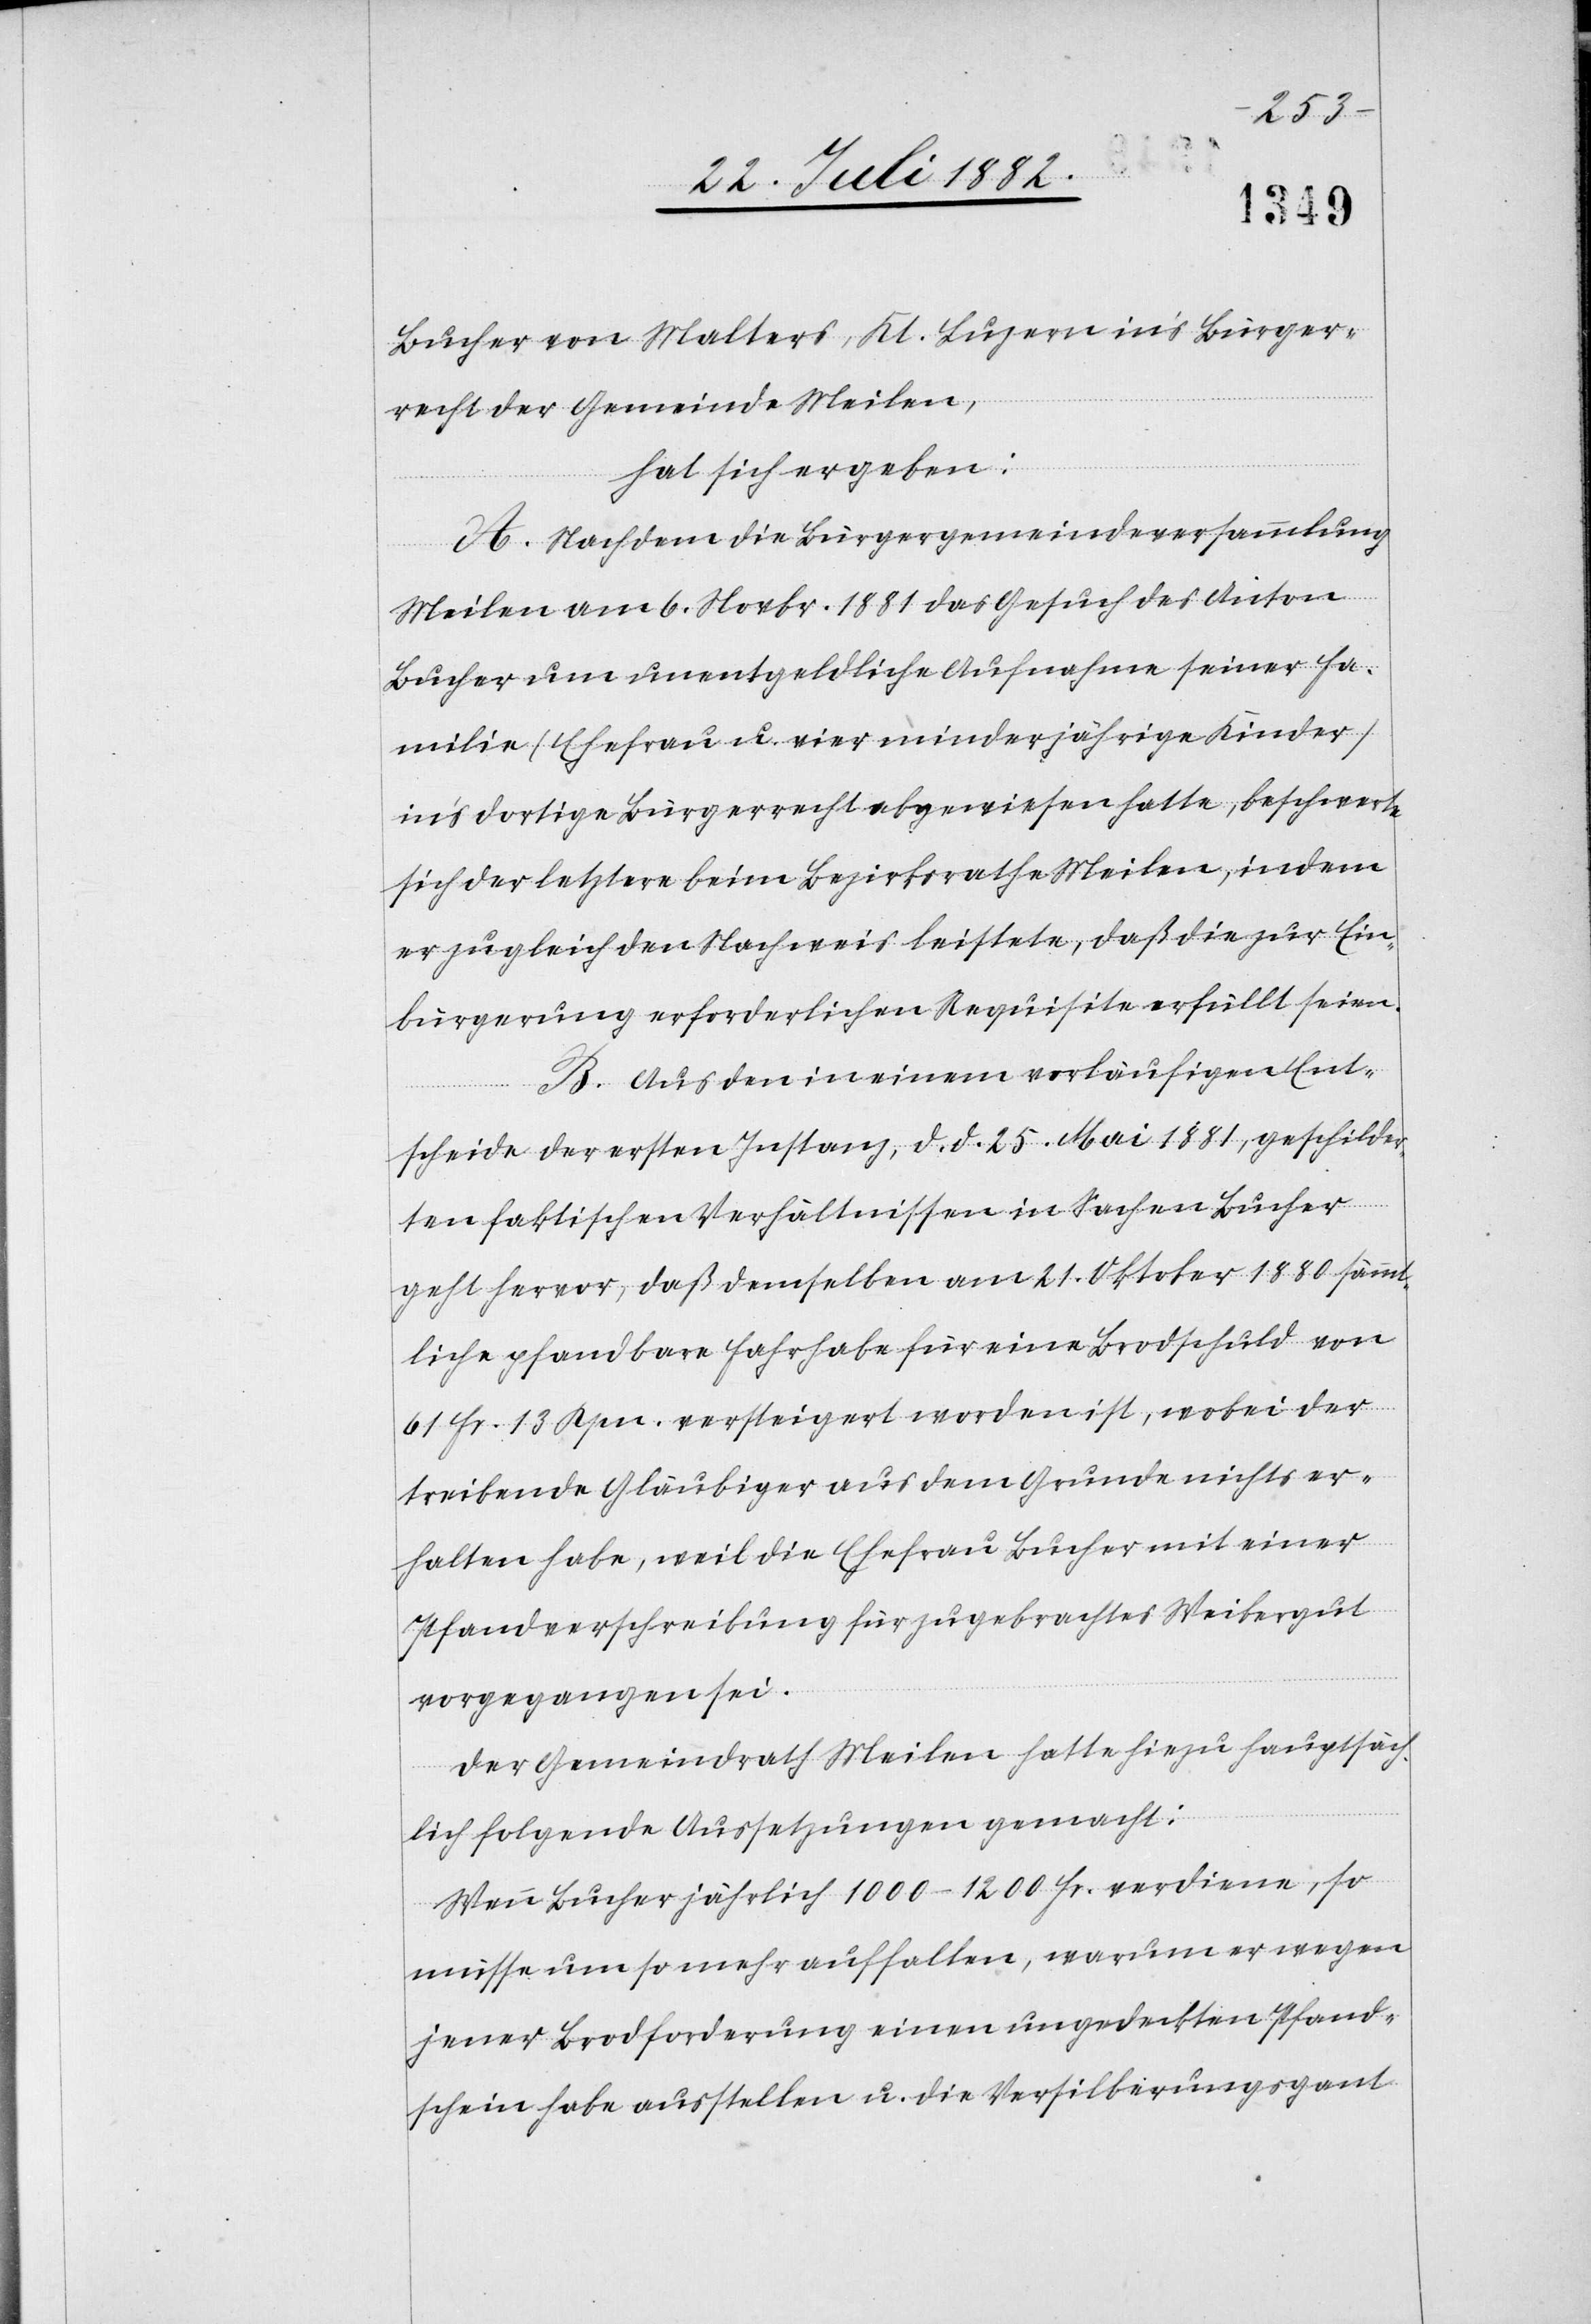
Bucher von Malters, Kt. Luzern in’s Bürger¬
recht der Gemeinde Meilen,
hat sich ergeben:
A. Nachdem die Bürgergemeindeversammlung
Meilen am 6. Novbr. 1881 das Gesuch des Anton
Bucher um unentgeldliche Aufnahme seiner Fa¬
milie (Ehefrau u. vier minderjährige Kinder)
in’s dortige Bürgerrecht abgewiesen hatte, beschwerte
sich der letztere beim Bezirksrathe Meilen, indem
er zugleich den Nachweis leistete, daß die zur Ein¬
bürgerung erforderlichen Requisite erfüllt seien.
B. Aus den in einem vorläufigen Ent¬
scheide der ersten Instanz, d. d. 25. Mai 1881, geschilder¬
ten faktischen Verhältnissen in Sachen Bucher
geht hervor, daß demselben am 21. Oktober 1880 sämmt¬
liche pfandbare Fahrhabe für eine Brodschuld von
61 Fr. 13. Rpn. versteigert worden ist, wobei der
treibende Gläubiger aus dem Grunde nichts er¬
halten habe, weil die Ehefrau Bucher mit einer
Pfandverschreibung für zugebrachtes Weibergut
vorgegangen sei.
Der Gemeindrath Meilen hatte hiezu hauptsäch¬
lich folgende Aussetzungen gemacht:
Wenn Bucher jährlich 1000–1200 Fr. verdiene, so
müsse um so mehr auffallen, warum er wegen
jener Brodforderung einen ungedeckten Pfand¬
schein habe ausstellen u. die Versilberungsgant